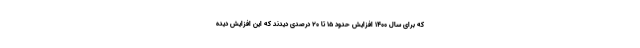
که برای سال ۱۴۰۰ افزایش حدود ۱۵ تا ۲۰ درصدی دیدند که این افزایش دیده